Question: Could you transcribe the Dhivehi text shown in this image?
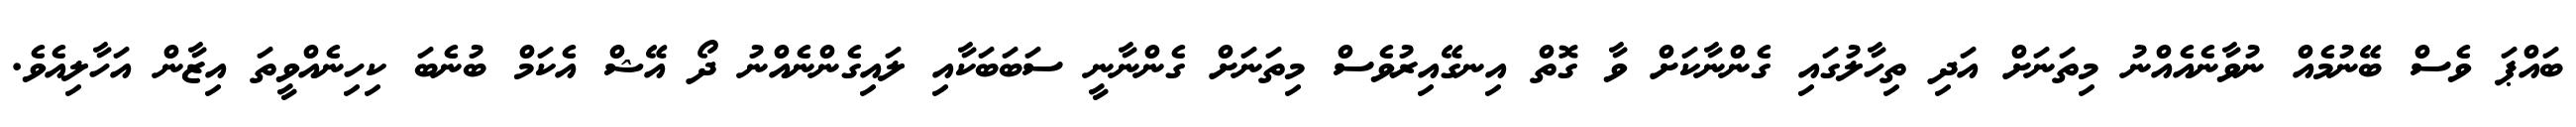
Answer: ބައްޕަ ވެސް ބޭނުމެއް ނުވާނެއެއްނު މިތަނަށް އަދި ތިހާލުގައި ގެންނާކަށް ވާ ގޮތް އިނގޭއިރުވެސް މިތަނަށް ގެންނާނީ ސަބަބަކާއި ލައިގެންނެއްނު ދޯ އޭޝް އެކަމް ބުނެބަ ކިހިނެއްވީތަ އިޒާން އަހާލިއެވެ.